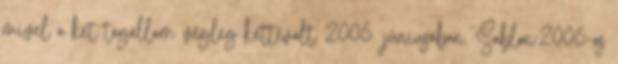
mivel a két tagállam végleg kettévált 2006. júniusában. Sablon:2006-os